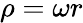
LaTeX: \rho=\omega r